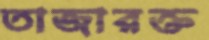
তাজারক্ত